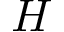
H